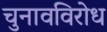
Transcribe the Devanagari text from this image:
चुनावविरोध